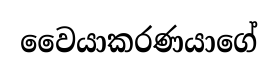
වෛයාකරණයාගේ